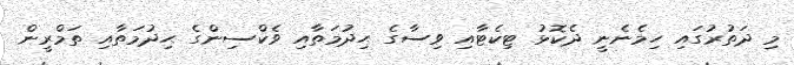
މި ދަތުރުގައި ހިމެނެނީ ދެކޮޅު ޓިކެޓާއި ވިސާގެ ޙިދުމަތާއި ވެކްސިންގެ ޙިދުމަތާއި ތަމްރީން